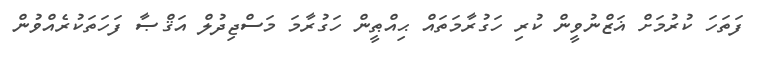
ފަތަހަ ކުރުމަށް ޣަޒްނުވީން ކުރި ހަގުރާމަތައް ޙިއްޠީން ހަގުރާމަ މަސްޖިދުލް އަޤްޞާ ފަހަތަކުރެއްވުން